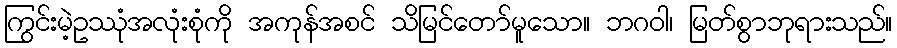
ကြွင်းမဲ့ဥဿုံအလုံးစုံကို အကုန်အစင် သိမြင်တော်မူသော။ ဘဂဝါ၊ မြတ်စွာဘုရားသည်။